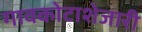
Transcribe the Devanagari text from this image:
गावकोटाशेजारी